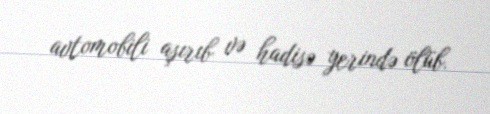
avtomobili aşırıb və hadisə yerində ölüb.